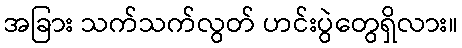
အခြား သက်သက်လွတ် ဟင်းပွဲတွေရှိလား။